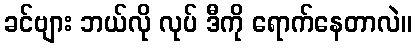
ခင်ဗျား ဘယ်လို လုပ် ဒီကို ရောက်နေတာလဲ။